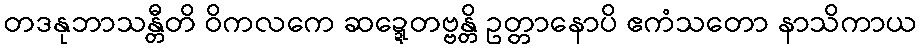
တဒနုဘာသန္တီတိ ဝိကလကေ ဆဍ္ဍေတဗ္ဗန္တိ ဥတ္တာနောပိ ဧကံသတော နာသိကာယ